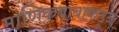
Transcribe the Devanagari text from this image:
माणिकबाबांकडून